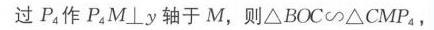
过 \(P_{4}\) 作 \(P_{4}M\bot y\) 轴于 \(M\)，则 \(\triangle BOC\backsim\triangle CMP_{4}\)，